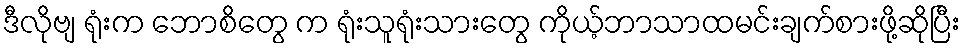
ဒီလိုဗျ ရုံးက ဘောစိတွေ က ရုံးသူရုံးသားတွေ ကိုယ့်ဘာသာထမင်းချက်စားဖို့ဆိုပြီး